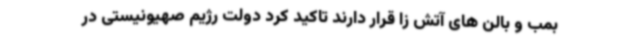
بمب و بالن های آتش زا قرار دارند تاکید کرد دولت رژیم صهیونیستی در